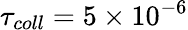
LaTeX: \tau_{coll}=5\times 10^{-6}